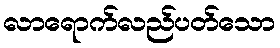
လာရောက်လည်ပတ်သော